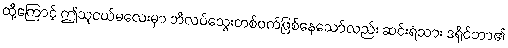
ထို့ကြောင့် ဤသူငယ်မလေးမှာ ဘိလပ်သွေးတစ်ဝက်ဖြစ်နေသော်လည်း ဆင်းရဲသား ဒရိုင်ဘာ၏